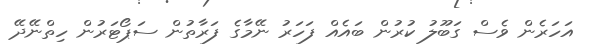
އަހަރެން ވެސް ގަބޫލު ކުރުން ބައެއް ފަހަރު ނޭމާގެ ފަރާތުން ސަޕޯޓަރުން ހިތްނޭދޭ